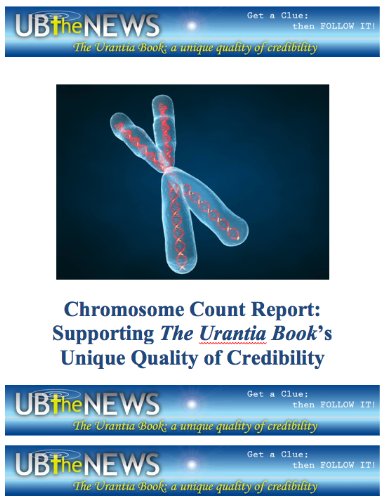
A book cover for Chromosome Count Report: Supporting The Urantia Book's Unique Quality of Credibility; Halbert Katzen; Religion & Spirituality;